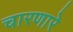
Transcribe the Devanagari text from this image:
चारणारे